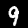
Label: 9